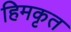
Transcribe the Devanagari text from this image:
हिमकृत